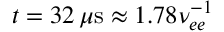
t = 3 2 \, \mu \mathrm { s } \approx 1 . 7 8 \nu _ { e e } ^ { - 1 }